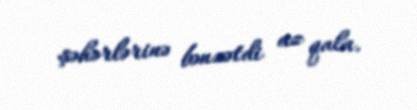
şəhərlərinə bənzətdi az qala.